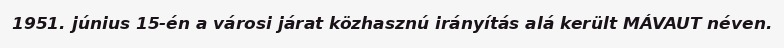
1951. június 15-én a városi járat közhasznú irányítás alá került MÁVAUT néven.